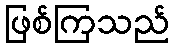
ဖြစ်ကြသည်